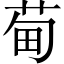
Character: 䓒